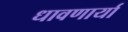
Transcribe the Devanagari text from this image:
धावणार्या